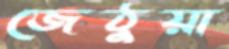
জেঠুয়া